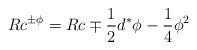
LaTeX: \begin{align*} Rc^{\pm\phi} = Rc \mp \dfrac{1}{2}d^*\phi - \dfrac{1}{4}\phi^2\end{align*}